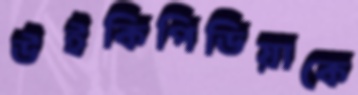
উইকিপিডিয়াকে